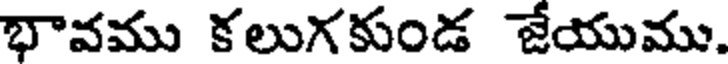
భావము కలుగకుండ జేయుము.